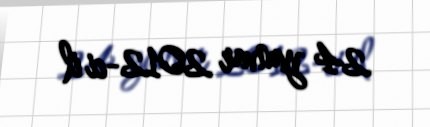
24 yanvar 2012-ci il